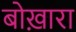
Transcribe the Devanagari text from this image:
बोख़ारा